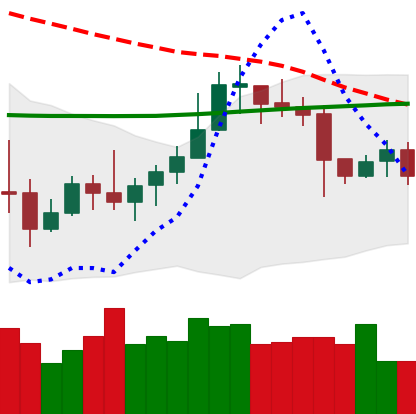
Ticker: LTC-USD
Chart end date: 2020-10-20
Forward return: 24.705%
Label: up_7plus